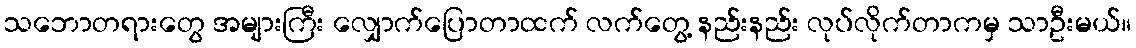
သဘောတရားတွေ အများကြီး လျှောက်ပြောတာထက် လက်တွေ့ နည်းနည်း လုပ်လိုက်တာကမှ သာဦးမယ်။